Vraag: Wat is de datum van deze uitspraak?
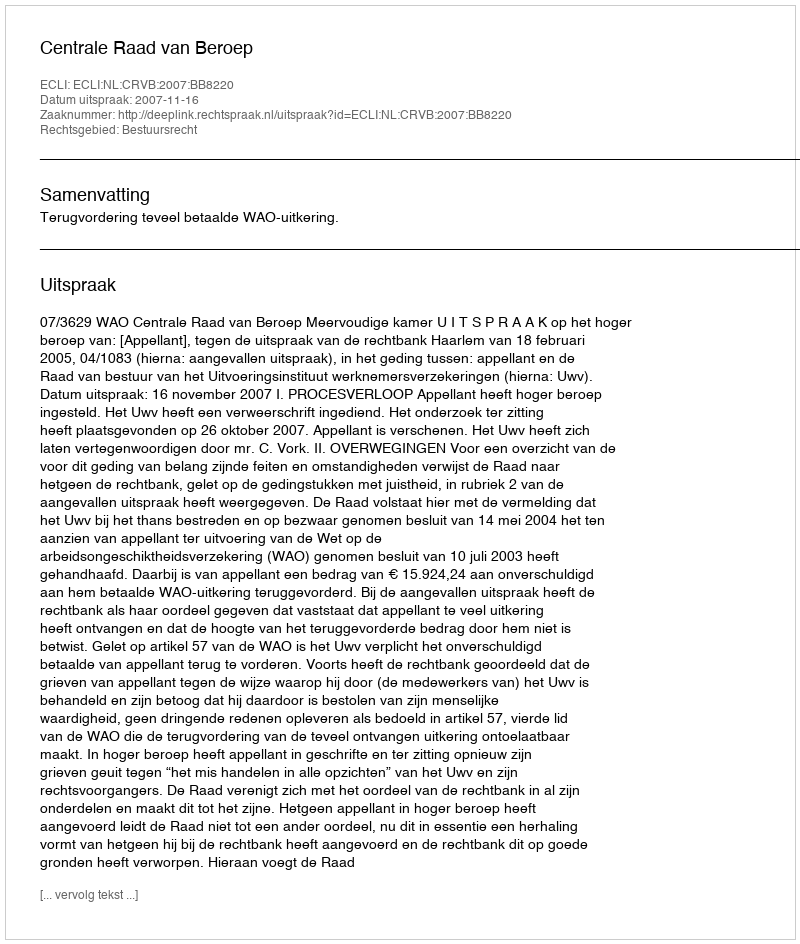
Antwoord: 2007-11-16